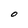
Character: O